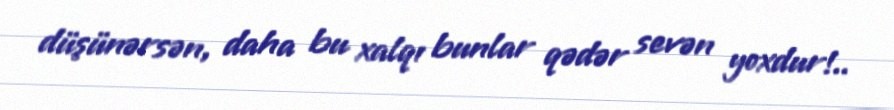
düşünərsən, daha bu xalqı bunlar qədər sevən yoxdur!..